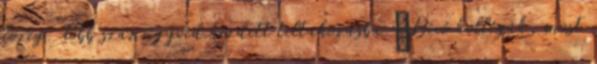
közeg. Több száz ügyvéd kezdett tiltakozásba „Bíró kollégák, most